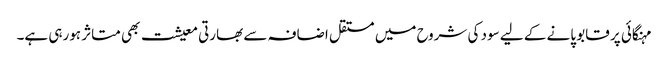
مہنگائی پر قابو پانے کے لیے سود کی شروح میں مستقل اضافہ سے بھارتی معیشت بھی متاثر ہورہی ہے۔